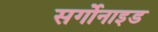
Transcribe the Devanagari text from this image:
सर्गोनाइड